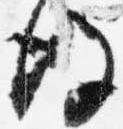
後